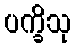
ပက္ခိသု